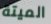
الميتة